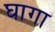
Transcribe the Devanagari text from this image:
घागा